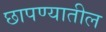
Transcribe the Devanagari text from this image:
छापण्यातील